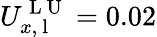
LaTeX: U_{x,\mathrm{~l~}}^{\mathrm{~L~U~}}=0.02